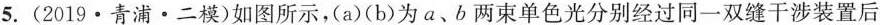
5.(2019·青浦·二模)如图所示，(a)(b)为a、b两束单色光分别经过同一双缝干涉装置后